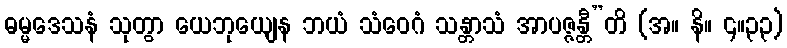
ဓမ္မဒေသနံ သုတွာ ယေဘုယျေန ဘယံ သံဝေဂံ သန္တာသံ အာပဇ္ဇန္တီ”တိ (အ။ နိ။ ၄။၃၃)